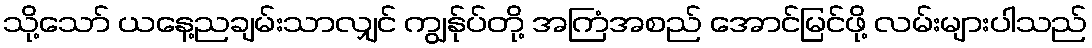
သို့သော် ယနေ့ညချမ်းသာလျှင် ကျွန်ုပ်တို့ အကြံအစည် အောင်မြင်ဖို့ လမ်းများပါသည်